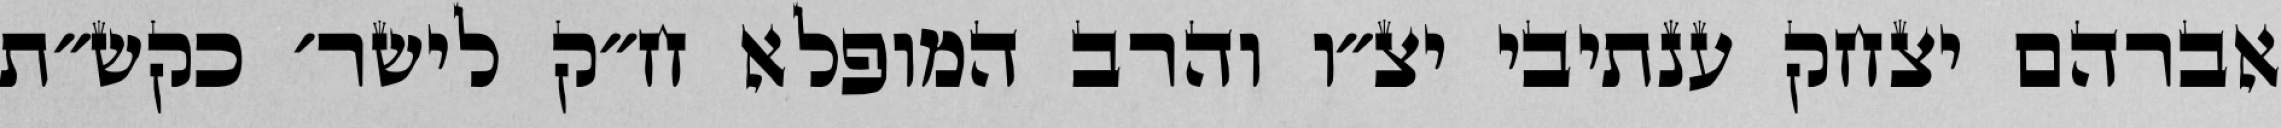
אברהם יצחק ענתיבי יצ״ו והרב המופלא ח״ק לישר׳ כקש״ת